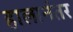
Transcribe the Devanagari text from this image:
हालानंतर